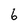
Character: 6